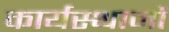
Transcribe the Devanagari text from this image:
कार्यस्थानों